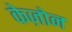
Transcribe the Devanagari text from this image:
केज़ोन